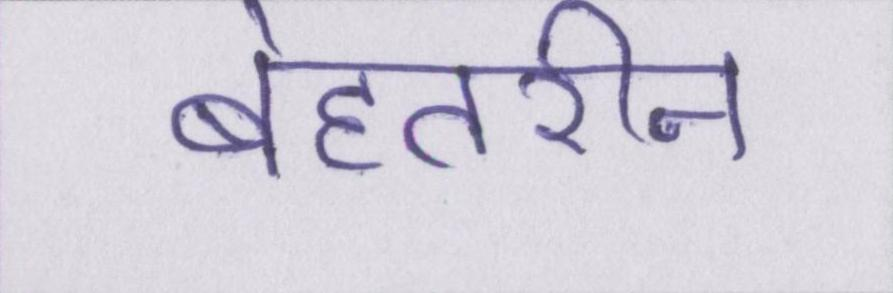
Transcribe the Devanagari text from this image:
बेहतरीन